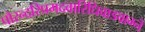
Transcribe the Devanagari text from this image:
पौरन्दरिप्रमदवारिधिवाडवाग्ने